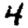
Digit: 4